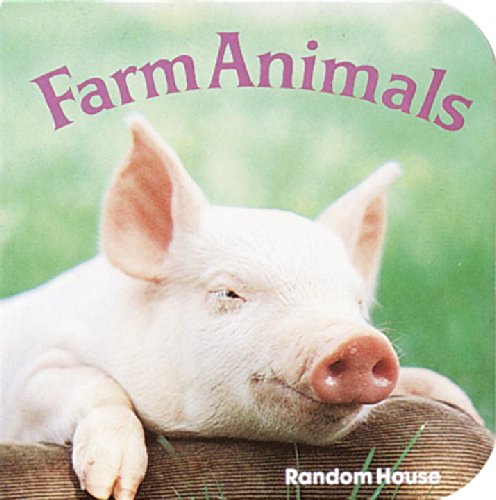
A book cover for Farm Animals (A Chunky Book(R)); Phoebe Dunn; Children's Books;